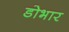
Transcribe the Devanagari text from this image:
डोभार